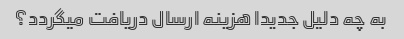
به چه دلیل جدیدا هزینه ارسال دریافت میگردد؟